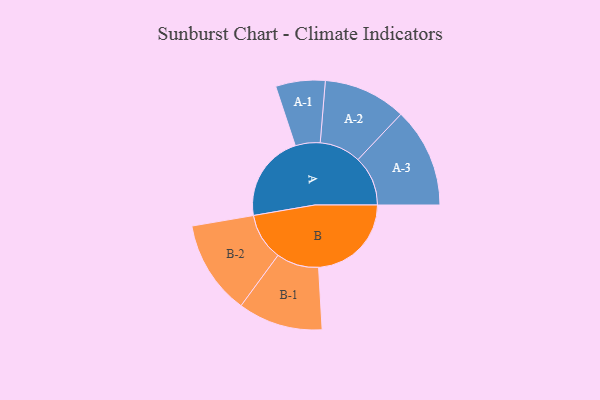
{"axis": {"x": "Segment", "y": "Value"}, "legend": ["", "A", "B"], "data": [{"x": "A", "y": 440, "type": ""}, {"x": "B", "y": 469, "type": ""}, {"x": "A-1", "y": 125, "type": "A"}, {"x": "A-2", "y": 209, "type": "A"}, {"x": "A-3", "y": 252, "type": "A"}, {"x": "B-1", "y": 214, "type": "B"}, {"x": "B-2", "y": 238, "type": "B"}]}